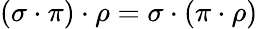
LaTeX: (\sigma\cdot\pi)\cdot\rho=\sigma\cdot(\pi\cdot\rho)